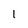
Character: 1